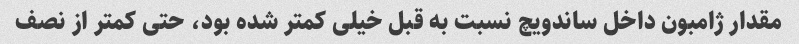
مقدار ژامبون داخل ساندویچ نسبت به قبل خیلی کمتر شده بود، حتی کمتر از نصف